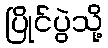
ပြိုင်ပွဲသို့